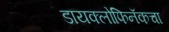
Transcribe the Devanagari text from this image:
डायक्लोफिनॅकचा